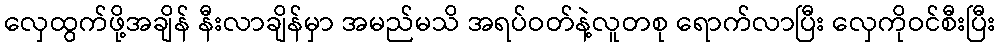
လှေထွက်ဖို့အချိန် နီးလာချိန်မှာ အမည်မသိ အရပ်ဝတ်နဲ့လူတစု ရောက်လာပြီး လှေကိုဝင်စီးပြီး